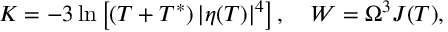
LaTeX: K = - 3 \ln \left[ ( T + T ^ { * } ) \, | \eta ( T ) | ^ { 4 } \right] , \quad W = \Omega ^ { 3 } J ( T ) ,